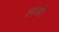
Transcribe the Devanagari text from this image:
लगये।